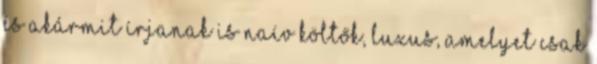
és akármit írjanak is naív költők, luxus, amelyet csak